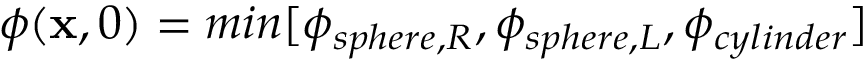
\phi ( \mathbf { x } , 0 ) = m i n [ \phi _ { s p h e r e , R } , \phi _ { s p h e r e , L } , \phi _ { c y l i n d e r } ]